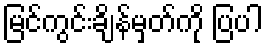
မြင်ကွင်းချိန်မှတ်ကို ပြပါ